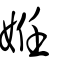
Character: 姙